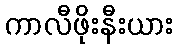
ကာလီဖိုးနီးယား